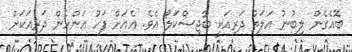
ބޮއެގެން ލިބުނު އަލަތު ދަރިއަކީ ބާޖިސްކަލޯ އެވެ. އެއަށް ފަހު އަންހެން ދަރިއަކަށް